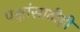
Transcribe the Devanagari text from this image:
पक्षांसाठीही